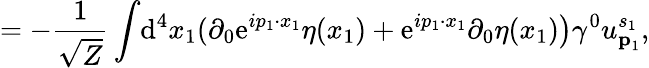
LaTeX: =-{\frac{1}{\sqrt{Z}}}\int\! \mathrm{d}^{4}x_{1}(\partial_{0}\mathrm{e}^{ip_{1}\cdot x_{1}}\eta(x_{1})+\mathrm{e}^{ip_{1}\cdot x_{1}}\partial_{0}\eta(x_{1}){\big)}\gamma^{0}u_{{\textbf{p}}_{1}}^{s_{1}},